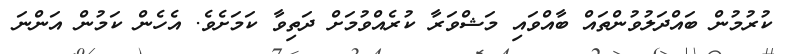
ކުރުމުން ބައްދަލުވުންތައް ބާއްވައި މަޝްވަރާ ކުރެއްވުމަށް ދަތިވާ ކަމަށެވެ. އެހެން ކަމުން އަންނަ